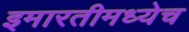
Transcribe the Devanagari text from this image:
इमारतीमध्येच